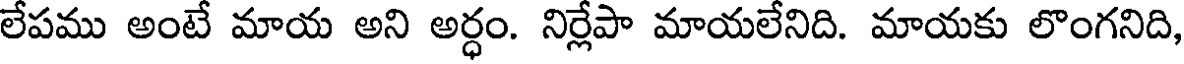
లేపము అంటే మాయ అని అర్ధం. నిర్లేపా మాయలేనిది. మాయకు లొంగనిది,